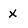
Character: X